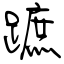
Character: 蹠